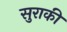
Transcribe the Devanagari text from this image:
सुराकी